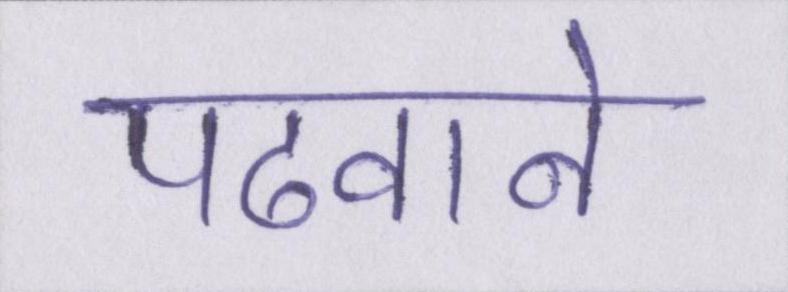
पढवाने